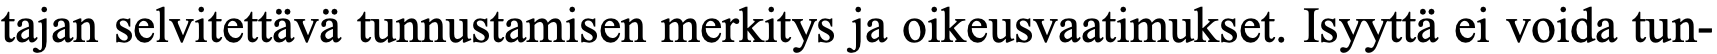
tajan selvitettävä tunnustamisen merkitys ja oikeusvaatimukset. Isyyttä ei voida tun-